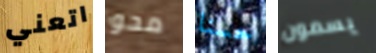
اتعني محو حسنا يسمون